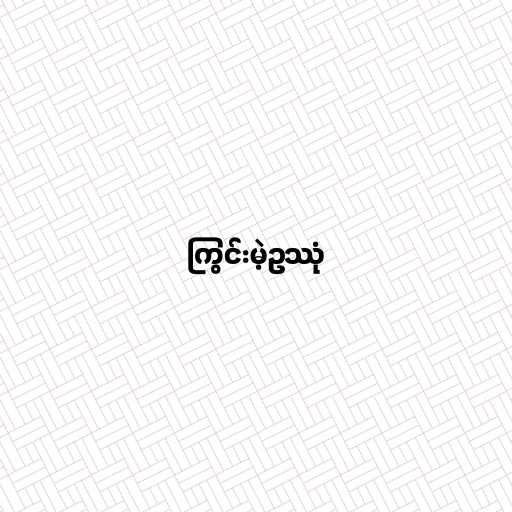
ကြွင်းမဲ့ဥဿုံ